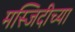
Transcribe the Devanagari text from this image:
मस्जिदीच्या